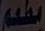
مطعم